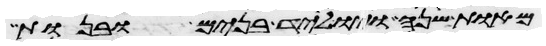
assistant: מאות שנה ויוליד בנים ובנות